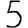
Digit: 5